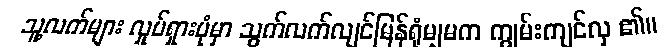
သူ့လက်များ လှုပ်ရှားပုံမှာ သွက်လက်လျင်မြန်ရုံမျှမက ကျွမ်းကျင်လှ ၏။